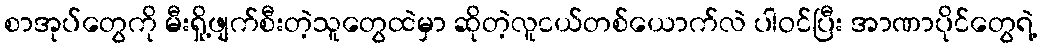
စာအုပ်တွေကို မီးရှို့ဖျက်စီးတဲ့သူတွေထဲမှာ ဆိုတဲ့လူငယ်တစ်ယောက်လဲ ပါဝင်ပြီး အာဏာပိုင်တွေရဲ့